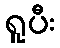
ရူပီး